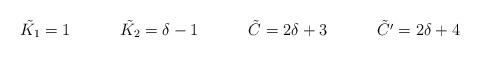
LaTeX: \begin{align*}\tilde{K_1} = 1 && \tilde{K_2} = \delta-1 && \tilde{C} = 2\delta+3 && \tilde{C'} = 2\delta+4\end{align*}